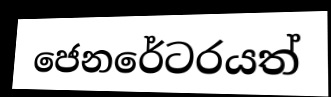
ජෙනරේටරයත්